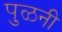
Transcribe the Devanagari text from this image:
पुळनी